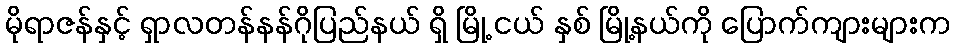
မိုရာဇန်နှင့် ရှာလတန်နန်ဂိုပြည်နယ် ရှိ မြို့ ငယ် နှစ် မြို့နယ်ကို ပြောက်ကျားများက